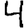
Digit: 4